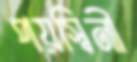
পয়স্বিনী